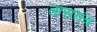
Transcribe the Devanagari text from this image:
तारातंत्र